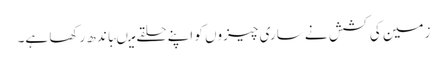
زمین کی کشش نے ساری چیزوں کو اپنے حلقے میںباندھ رکھا ہے۔